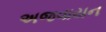
અજવાયન